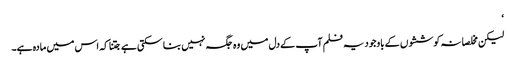
‘
لیکن مخلصانہ کوششوں کے باوجود یہ فلم آپ کے دل میں وہ جگہ نہیں بنا سکتی ہے جتنا کہ اس میں مادہ ہے۔